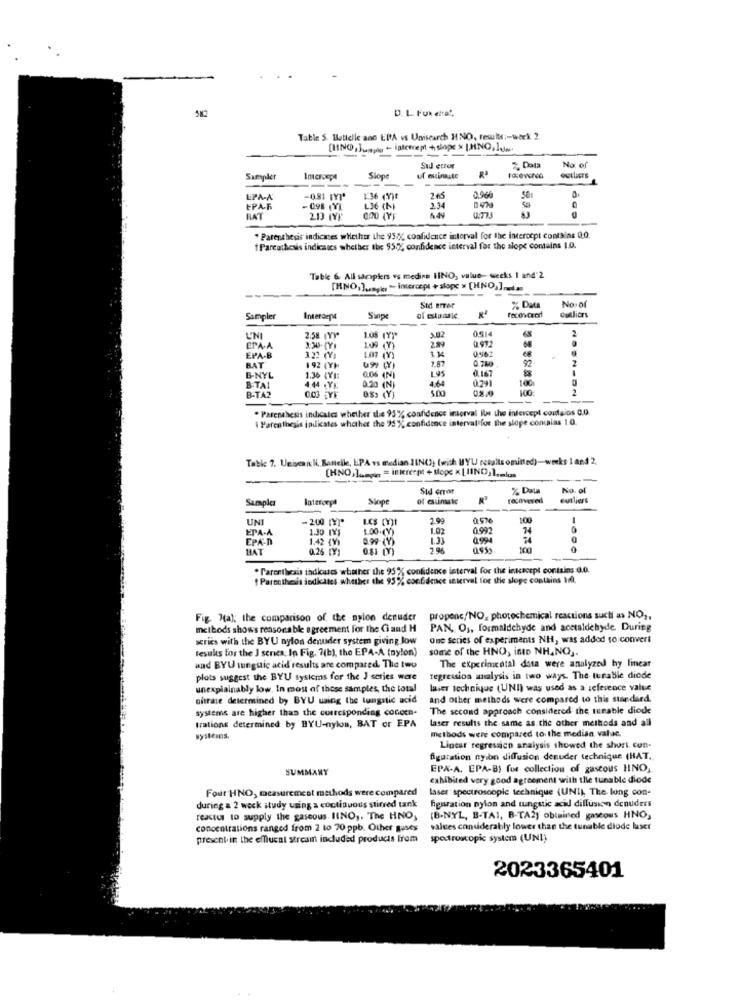
D. L. Fuk etta".
Table S. Battelle anc ERA is Unisearch H NO, results :- week 2.
Sud error
2. Dola
No. of
Sampler
Imeroepi
Skop
uf Estinaute
LPA-A
81 1Y1"
1:36 (3)t
265
EPA-F
-098 (VE
L36 (N)
2.34
RAT
213 IVF
Parenthesis indicates whether the 958( confidence interval for the interocpt contains 0.0.
Parcothesis indicates whether the 95%, confidence interval for the slope contains 1.0.
Table 6. All samplers vs medire IINO, value- weeks 1 and"2
---
[HNO, ].a ., " intercept + slope » [HNO,]nem
Std error
% Data
Outliers
No of
Sampler
InterderM
Swipe
3.02
0.914
UNI
2.58 IVY"
2.89
0.972
EPA-A
1.09 (Y)
EPA-B
BAT
322 (Y)
2.87
096
92.
192 (Y)
0.06 (N)
0.167
B.TA1
B-NYL
1.36 (Y):
L95
0.791
1001
0.03 Y
4,44 Yx:
0.20 (N)
0S> (Y)
4.64
100:
B-TA2
. Parenthesis indicates whether this 93% confidence interval In the intercept coutgios 0.0.
Parenthesis indicates whether the 25 % confidence interval for the slope concalas 1.0.
Table 7. UniveanN. Bantelle, EPA vs median 1IN(); (with HYL retalls ominad)-weeks 1 and 2,
[HNO)] ...... = intercept + slope x LIINO, ). k.
Sid error
No. of
Samples
Slop
of estinate
recovered
outliers
UNI
- 200 [Y]"
0.5%
EPA-A
1.30 IYI
1.00.(Y)
1.02
0.992
EPA-D
1.42 (V)
1.33
0.994
MAT
0.81 [Y)
29
0
. Parenthesis indicates whether the 95% confidence interval for the inkacept contains 0.0.
Parcethesis jodkates whether the 95% confidence interval for tie slope contains In,
Fig. Ha): the comparison of the nylon denuder
propenc/NO, photochemical reactions sucti as NO ,,
methods shows reasonable agreement For the Ci and H
PAN, OJ, formaldehyde and acctaldehyde. During
arics with the BYU nylon denuder system giving low
One series of experiments NH, was added to convert
results for the J series: In Fig. 7(b), the EPA-A (nylon)
some of the HNO, into NH.NO ,.
and BYU tunguic acid results are compared. The two
The experimental data were analyzed by linear
plots suggest the BYU systems for the J series ware
regression analysis in two ways. The turable diede
unexplainably low. In most of those samples, the total
laser technique (UNI) was used as a reference value
nitrate determined by BYU using the tungstic acid
and other methods were compared to this standard
systems are higher than the corresponding concen-
The second approach considered the tunable diode
trations determined by BYU-nylon, BAT or EPA
laser results the same as the other methods and all
methods were compared to the median. valac.
Linear regression analysis showed the short, con-
figuration nyibn diffusion denuder technique (HAT.
SUMMARY
EPA-A. EPA-B) for collection of gastous HNO,
exhibited very good agreement with the tunable diode
Four HNO, measurement methods were compared
laser spectroscopie technique (UNI), The lung con-
during a 2 weck study using a continuous stirred tank
figuration nylon and tungstic acil diffusion denuders
reactus to supply the gaseous. IINO ,. The HNO,
(B-NYL, B-TAI, B-TA2) obtained gaseous HNO,
concentrations ranged from 2 to 70 ppb. Other guses
valves considerably lower than the tunable diode laser
present in the efflucal stream included products From spectroscopic system (UNI)
2023365401